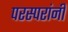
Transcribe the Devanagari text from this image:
परस्परांनी